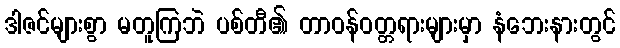
ဒါဇင်များစွာ မတူကြဘဲ ပစ်တီ၏ တာဝန်ဝတ္တရားများမှာ နံဘေးနားတွင်